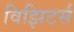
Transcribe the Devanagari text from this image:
विझिटर्स